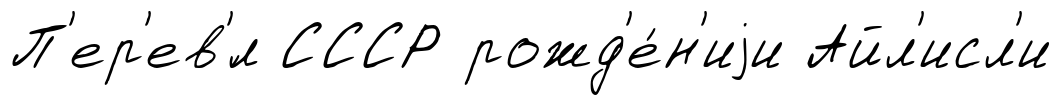
П'ер'ев'́л СССР рожд'е́н'иjи Айл'исл'и